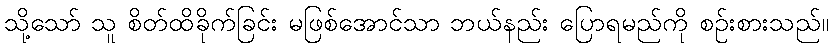
သို့သော် သူ စိတ်ထိခိုက်ခြင်း မဖြစ်အောင်သာ ဘယ်နည်း ပြောရမည်ကို စဉ်းစားသည်။